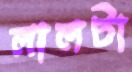
লালটা